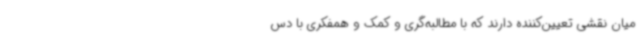
میان نقشی تعیین‌کننده دارند که با مطالبه‌گری و کمک و همفکری با دس